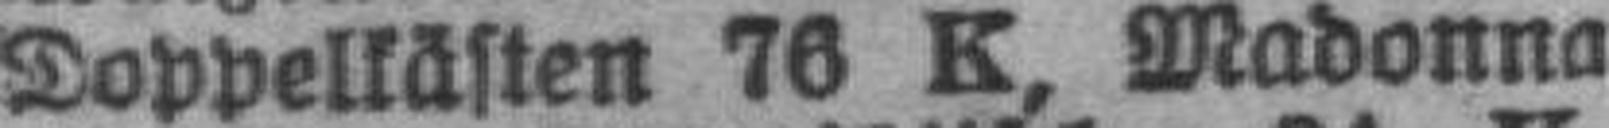
Doppelkästen 76 K, Madonna